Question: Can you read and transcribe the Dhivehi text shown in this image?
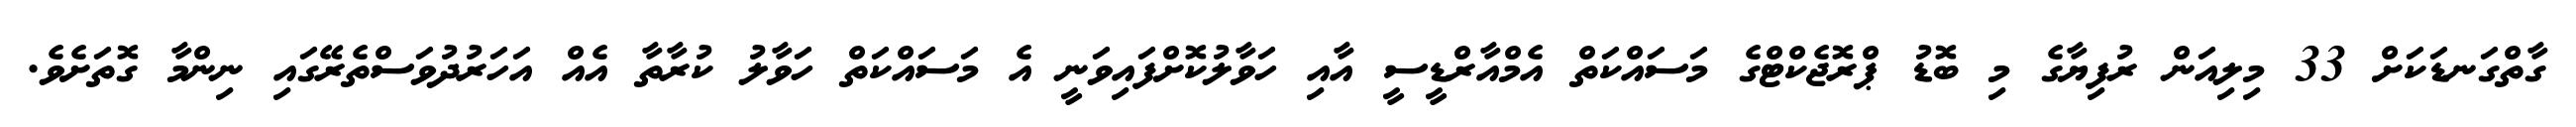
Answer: ގާތްގަނޑަކަށް 33 މިލިއަން ރުފިޔާގެ މި ބޮޑު ޕްރޮޖެކްޓްގެ މަސައްކަތް އެމްއާރްޑީސީ އާއި ހަވާލުކޮށްފައިވަނީ އެ މަސައްކަތް ހަވާލު ކުރާތާ އެއް އަހަރުދުވަސްތެރޭގައި ނިންމާ ގޮތަށެވެ.